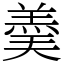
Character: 羮